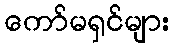
ကော်မရှင်များ